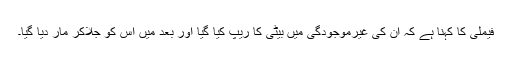
فیملی کا کہنا ہے کہ ان کی غیرموجودگی میں بیٹی کا ریپ کیا گیا اور بعد میں اس کو جلاکر مار دیا گیا۔